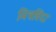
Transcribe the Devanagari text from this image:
मित्रविंदा